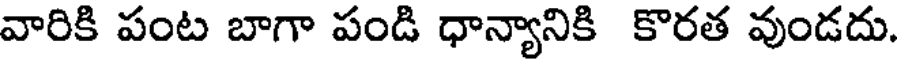
వారికి పంట బాగా పండి ధాన్యానికి కొరత వుండదు.